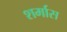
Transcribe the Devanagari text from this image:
शर्मास